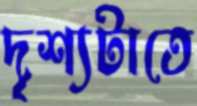
দৃশ্যটাতে